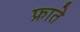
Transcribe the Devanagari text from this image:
फ्राते